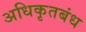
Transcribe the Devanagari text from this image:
अधिकृतबंध